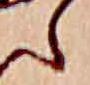
ら